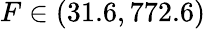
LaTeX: F\in(31.6,772.6)